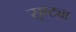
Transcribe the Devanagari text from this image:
सृष्ट्या